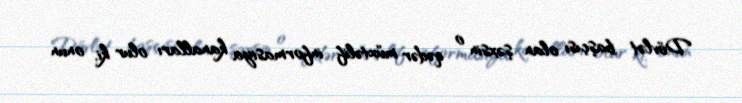
Dövlət başçısı olan şəxsin o qədər müxtəlif informasiya kanalları olur ki, onun